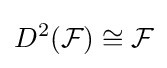
D^{2}({\mathcal {F}})\cong {\mathcal {F}}